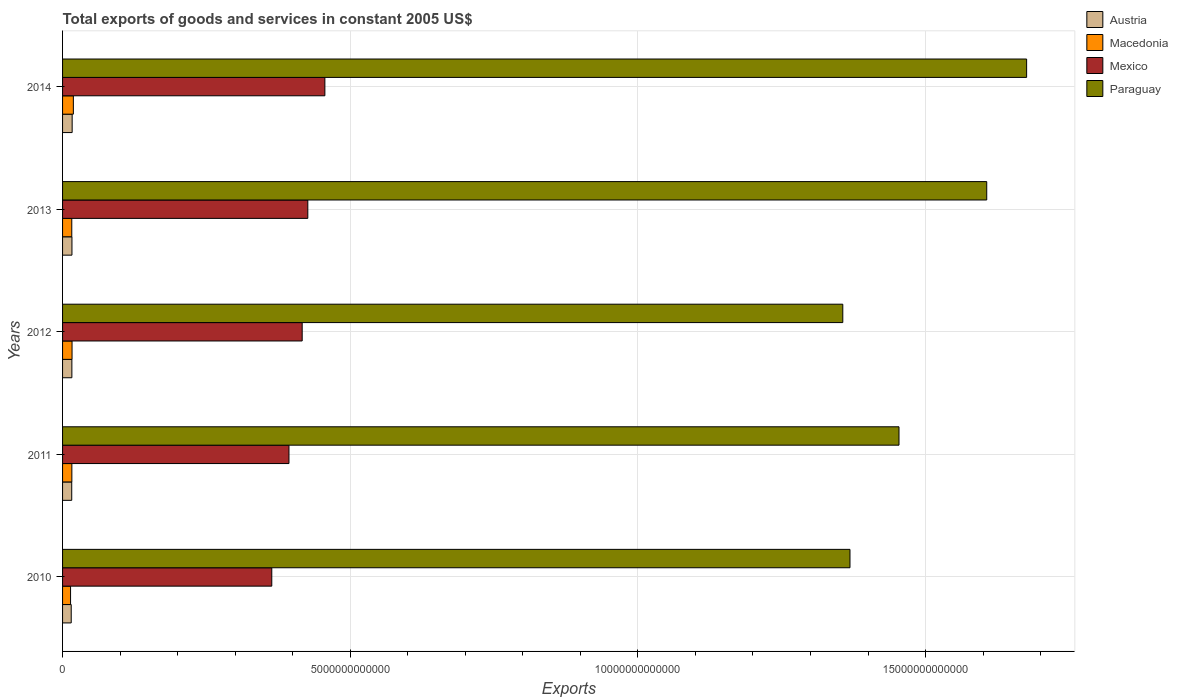
| Years | Austria | Macedonia | Mexico | Paraguay |
 | --- | --- | --- | --- | --- |
 | 2010 | 1.5e+11 | 1.39e+11 | 3.64e+12 | 1.37e+13 |
 | 2011 | 1.59e+11 | 1.62e+11 | 3.94e+12 | 1.45e+13 |
 | 2012 | 1.62e+11 | 1.65e+11 | 4.16e+12 | 1.36e+13 |
 | 2013 | 1.63e+11 | 1.6e+11 | 4.26e+12 | 1.61e+13 |
 | 2014 | 1.67e+11 | 1.88e+11 | 4.56e+12 | 1.68e+13 |